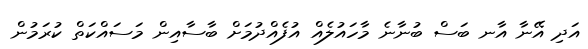
އަދި އޭނާ އާނ ބަސް ބުނާނެ މާހައުލެއް އުފެއްދުމަށް ބާސާއިން މަސައްކަތް ކުރަމުން